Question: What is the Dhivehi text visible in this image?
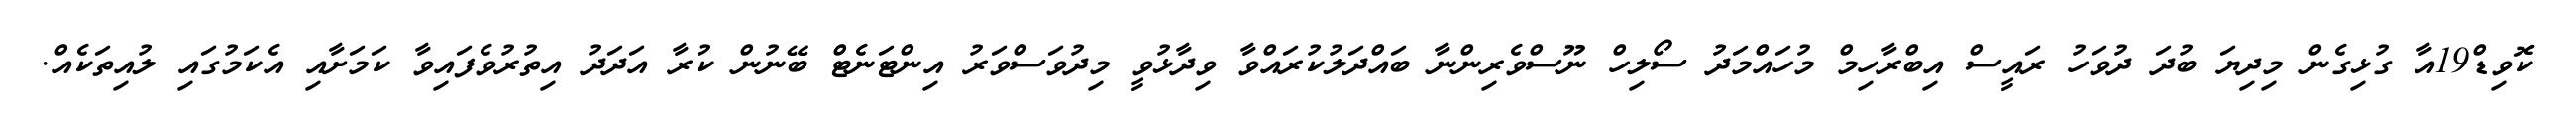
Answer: ކޮވިޑް19އާ ގުޅިގެން މިދިޔަ ބުދަ ދުވަހު ރައީސް އިބްރާހިމް މުހައްމަދު ސޯލިހް ނޫސްވެރިންނާ ބައްދަލުކުރައްވާ ވިދާޅުވީ މިދުވަސްވަރު އިންޓަނެޓް ބޭނުން ކުރާ އަދަދު އިތުރުވެފައިވާ ކަމަށާއި އެކަމުގައި ލުއިތަކެއް.